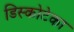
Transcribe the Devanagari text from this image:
डिस्कोटेका